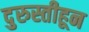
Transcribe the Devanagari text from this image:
दुरुस्तीहून